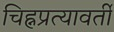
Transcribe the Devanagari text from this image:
चिह्नप्रत्यावर्ती